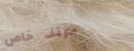
موقف خاص